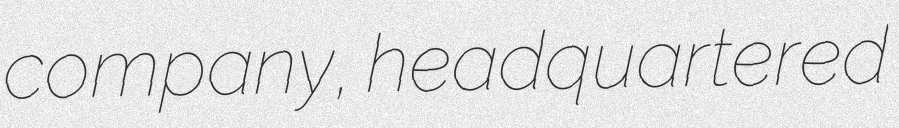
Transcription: company, headquartered